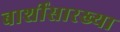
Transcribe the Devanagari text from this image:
बार्शीसारख्या